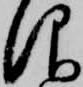
仰